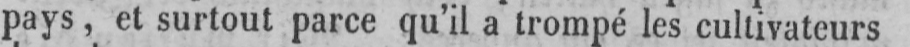
pays, et surtout parce qu’il a trompé les cultivateurs